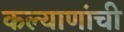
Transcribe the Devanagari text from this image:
कल्याणांची